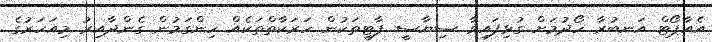
އެއާޕޯޓް އަނބުރާ ހޯދުމަށް ގުޅިފައިވާ ސިޔާސީ ޕާޓީތަކުން ހަރަކާތްތަކެއް ހިންގަމުން ގެންދާއިރު މިއަހަރުގެ